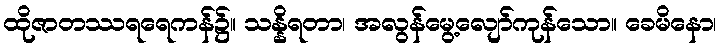
ထိုဇာတဿရရေကန်၌။ သန္နိရတာ၊ အလွန်မွေ့လျော်ကုန်သော။ ခေမိနော၊